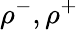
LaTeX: \rho^{-},\rho^{+}